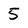
Character: 5